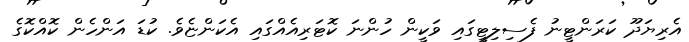
އެރިޔަދޫ ކަރަންޓީނު ފެސިލިޓީގައި ވަކީން ހުންނަ ކޮޓަރިއެއްގައި އެކަންޏެވެ. ކުޑަ އަންހެން ކޮއްކޮގެ